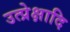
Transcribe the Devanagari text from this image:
उत्प्रेक्षादि